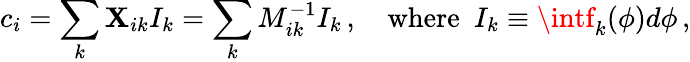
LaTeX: c_{i}=\sum_{k}\mathbf{X}_{ik}I_{k}=\sum_{k}M_{ik}^{-1}I_{k}\, ,\quad\mathrm{{where}}~~I_{k}\equiv\intf_{k}(\phi)d\phi\, ,